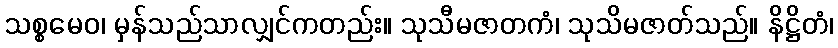
သစ္စမေဝ၊ မှန်သည်သာလျှင်ကတည်း။ သုသီမဇာတကံ၊ သုသိမဇာတ်သည်။ နိဋ္ဌိတံ၊